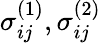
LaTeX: \sigma_{ij}^{(1)},\sigma_{ij}^{(2)}